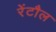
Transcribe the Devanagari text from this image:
रेंटौल